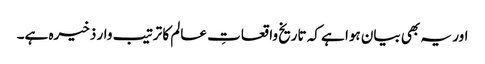
اور یہ بھی بیان ہوا ہے کہ تاریخ واقعاتِ عالم کا ترتیب وار ذخیرہ ہے۔